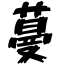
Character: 蔓